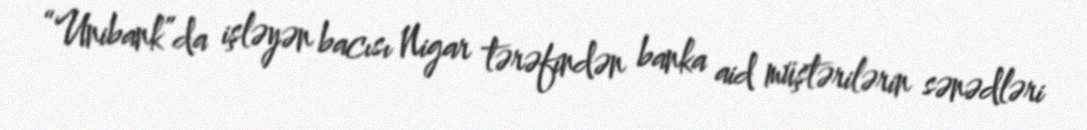
“Unibank”da işləyən bacısı Nigar tərəfindən banka aid müştərilərin sənədləri